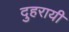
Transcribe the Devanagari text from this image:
दुहरायी